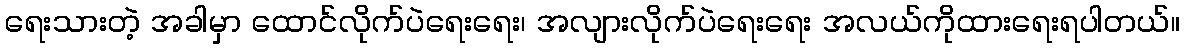
ရေးသားတဲ့ အခါမှာ ထောင်လိုက်ပဲရေးရေး၊ အလျားလိုက်ပဲရေးရေး အလယ်ကိုထားရေးရပါတယ်။